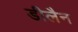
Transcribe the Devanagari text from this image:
डीलैन